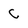
Character: C